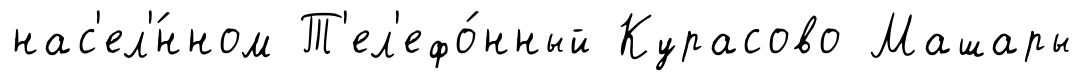
нас'ел'́нном Т'ел'ефо́нный Курасово Машары